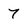
Character: 7